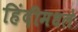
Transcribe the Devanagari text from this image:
हिंदीमधले